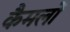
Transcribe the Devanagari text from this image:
कैमलों